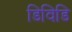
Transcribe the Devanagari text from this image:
डिविडि